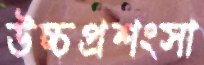
উচ্চপ্রশংসা